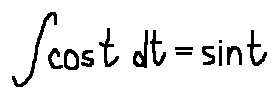
\int \cos t d t = \sin t